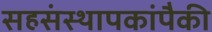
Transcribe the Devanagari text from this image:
सहसंस्थापकांपैकी